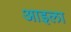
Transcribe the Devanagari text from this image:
आइला